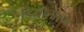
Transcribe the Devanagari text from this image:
डिमोलीशन